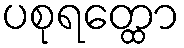
ပစုရတ္ထော